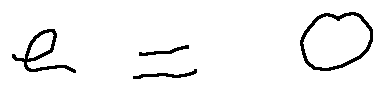
e = 0